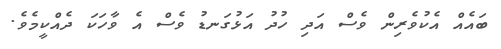
ބައެއް އެކުވެރިން ވެސް އަދި ހުދު އަޅުގަނޑު ވެސް އެ ވާހަކަ ދެއްކީމެވެ.